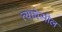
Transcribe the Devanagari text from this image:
त्याचेसील